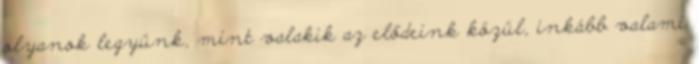
olyanok legyünk, mint valakik az elődeink közül, inkább valami